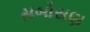
સબોસણ